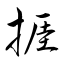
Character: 捱